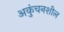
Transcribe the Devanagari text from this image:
अकुंचनशील